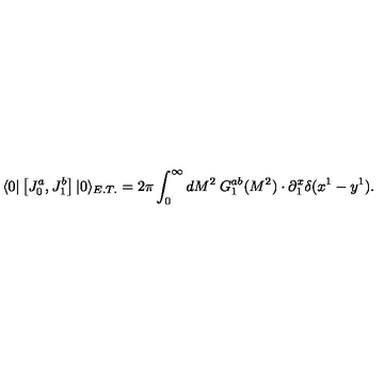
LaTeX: \langle 0 | \left[ J _ { 0 } ^ { a } , J _ { 1 } ^ { b } \right] | 0 \rangle _ { E . T . } = 2 \pi \int _ { 0 } ^ { \infty } { d M ^ { 2 } \: G _ { 1 } ^ { a b } ( M ^ { 2 } ) } \cdot \partial _ { 1 } ^ { x } \delta ( x ^ { 1 } - y ^ { 1 } ) .